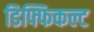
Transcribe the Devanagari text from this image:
डिफ्फिकल्ट